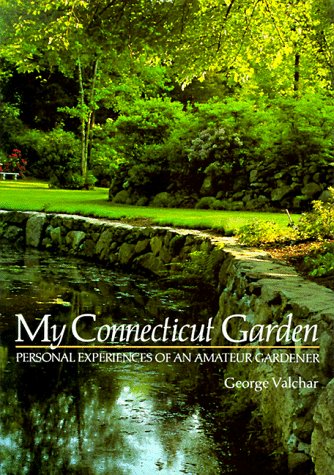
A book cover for My Connecticut Garden: Personal Experiences of an Amateur Gardener; George Valchar; Crafts, Hobbies & Home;